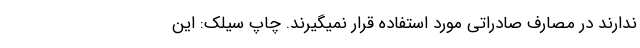
ندارند در مصارف صادراتی مورد استفاده قرار نمیگیرند. چاپ سیلک: این